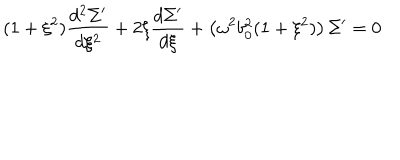
( 1 + \xi ^ { 2 } ) \frac { d ^ { 2 } { \Sigma ^ { \prime } } } { d \xi ^ { 2 } } + 2 \xi \frac { d \Sigma ^ { \prime } } { d \xi } + \left( \omega ^ { 2 } b _ { 0 } ^ { 2 } ( 1 + \xi ^ { 2 } ) \right) \Sigma ^ { \prime } = 0